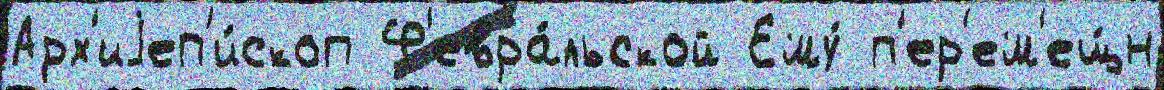
Арх'иjеп'и́скоп Ф'евра́льской Ему́ п'ер'ем'ещ́н